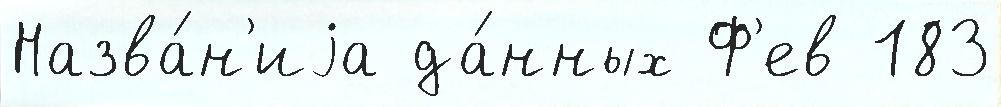
Назва́н'иjа да́нных Ф'ев 183